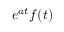
e ^ { a t } f ( t )